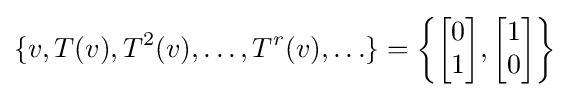
\{v,T(v),T^{2}(v),\ldots ,T^{r}(v),\ldots \}=\left\{{\begin{bmatrix}0\\1\end{bmatrix}},{\begin{bmatrix}1\\0\end{bmatrix}}\right\}